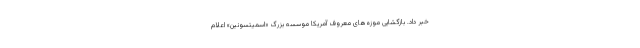
خبر داد. بازگشایی موزه‌های معروف آمریکا موسسه بزرگ «اسمیتسونین» اعلام